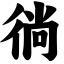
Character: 徜